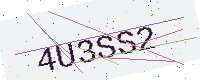
Text: 4U3SS2